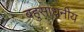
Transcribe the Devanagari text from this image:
बहुसाधनीय